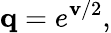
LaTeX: \mathbf{q}=e^{\mathbf{v}/2},